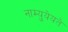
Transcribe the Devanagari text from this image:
नाम्युयेयते